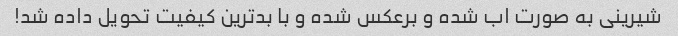
شیرینی به صورت اب شده و برعکس شده و با بدترین کیفیت تحویل داده شد!